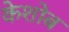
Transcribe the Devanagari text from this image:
केशोब